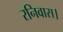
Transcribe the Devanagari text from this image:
रनिवास।